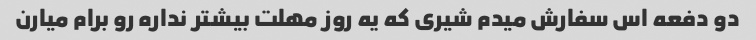
دو دفعه اس سفارش میدم شیری که یه روز مهلت بیشتر نداره رو برام میارن